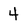
Character: 4